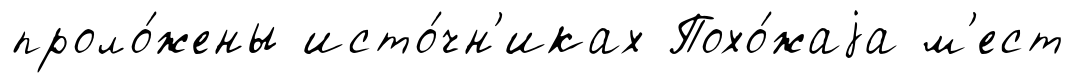
проло́жены исто́чн'иках Похо́жаjа м'ест